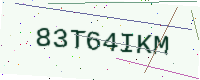
Text: 83T64IKM